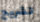
تشريح